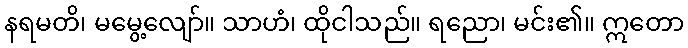
နရမတိ၊ မမွေ့လျော်။ သာဟံ၊ ထိုငါသည်။ ရညော၊ မင်း၏။ ဣတော